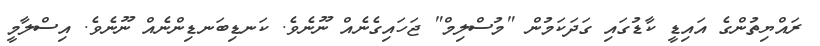
ރައްޔިތުންގެ އައިޑީ ކާޑުގައި ގަދަކަމުން "މުސްލިމް" ޖަހައިގެނެއް ނޫނެވެ. ކަނޑިބަނޑިންނެއް ނޫނެވެ. އިސްލާމީ